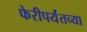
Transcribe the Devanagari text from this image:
फेरीपर्यंतच्या